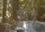
૧૬૧